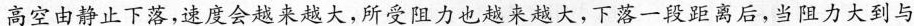
高空由静止下落，速度会越来越大，所受阻力也越来越大，下落一段距离后，当阻力大到与